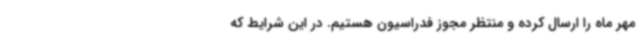
مهر ماه را ارسال کرده‌ و منتظر مجوز فدراسیون هستیم. در این شرایط که